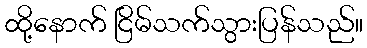
ထို့နောက် ငြိမ်သက်သွားပြန်သည်။